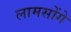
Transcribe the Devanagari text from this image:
लामसोंगे